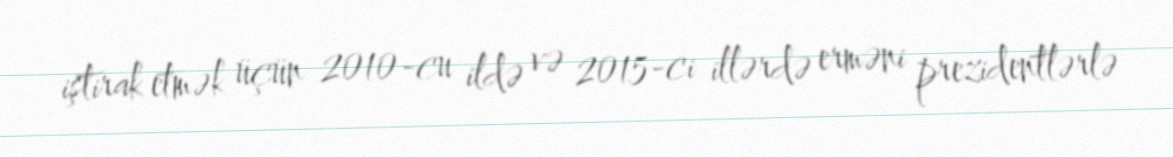
iştirak etmək üçün 2010-cu ildə və 2015-ci illərdə erməni prezidentlərlə